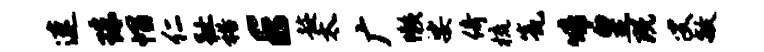
速珠帽仁趾裕E趁太广懒娑倚梳瓮啼皇既叟敏